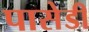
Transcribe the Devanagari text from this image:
पासेडी